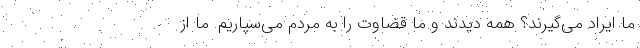
ما ایراد می‌گیرند؟ همه دیدند و ما قضاوت را به مردم می‌سپاریم. ما از